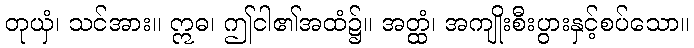
တုယှံ၊ သင်အား။ ဣဓ၊ ဤငါ၏အထံ၌။ အတ္ထံ၊ အကျိုးစီးပွားနှင့်စပ်သော။